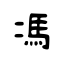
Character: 馮